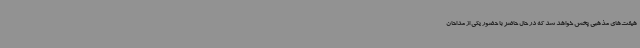
هیئت‌های مذهبی پخش خواهد شد که در حال حاضر با حضور یکی از مداحان